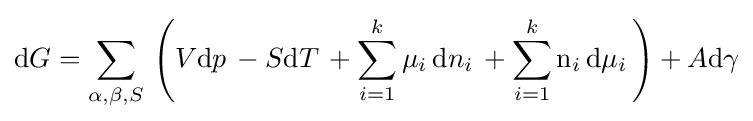
\mathrm {d} G=\sum _{\alpha ,\beta ,S}\,\left(V\mathrm {d} p\,-S\mathrm {d} T\,+\sum _{i=1}^{k}\mu _{i}\,\mathrm {d} n_{i}\,+\sum _{i=1}^{k}\mathrm {n} _{i}\,\mathrm {d} \mu _{i}\,\right)+A\mathrm {d} \gamma